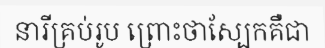
នារីគ្រប់រូប ព្រោះថាស្បែកគឺជា